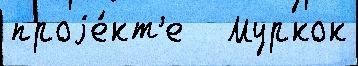
проjе́кт'е   Муркок